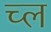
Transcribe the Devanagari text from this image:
च्ल